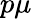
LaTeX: p\mu